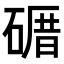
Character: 𥕉